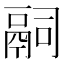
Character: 𬴴